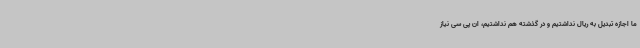
ما اجازه تبدیل به ریال نداشتیم و در گذشته هم نداشتیم، ان پی سی نیاز